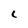
Character: C